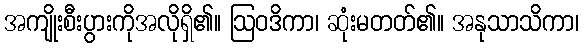
အကျိုးစီးပွားကိုအလိုရှိ၏။ ဩဝဒိကာ၊ ဆုံးမတတ်၏။ အနုသာသိကာ၊